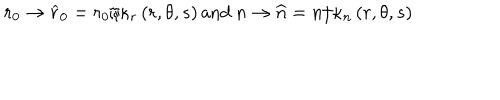
r _ { 0 } \rightarrow \widehat { r } _ { 0 } = r _ { 0 } / \kappa _ { r } \left( r , \theta , s \right) \mathrm { a n d ~ } n \rightarrow \widehat { n } = n / \kappa _ { n } \left( r , \theta , s \right)